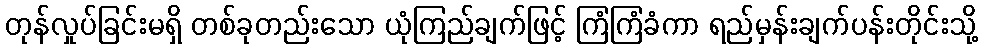
တုန်လှုပ်ခြင်းမရှိ တစ်ခုတည်းသော ယုံကြည်ချက်ဖြင့် ကြံကြံခံကာ ရည်မှန်းချက်ပန်းတိုင်းသို့